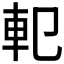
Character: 𨊠